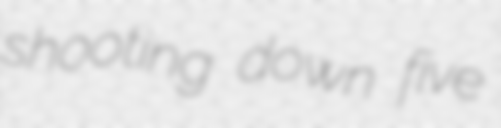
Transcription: shooting down five